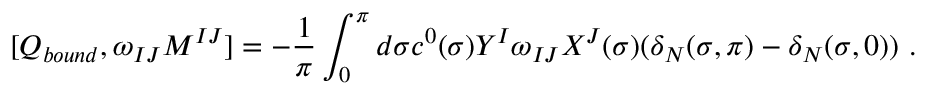
[ Q _ { b o u n d } , \omega _ { I J } M ^ { I J } ] = - \frac { 1 } { \pi } \int _ { 0 } ^ { \pi } d \sigma c ^ { 0 } ( \sigma ) Y ^ { I } \omega _ { I J } X ^ { J } ( \sigma ) ( \delta _ { N } ( \sigma , \pi ) - \delta _ { N } ( \sigma , 0 ) ) \ .